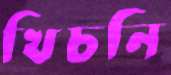
খিচনি